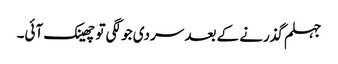
جہلم گذرنے کے بعد سردی جو لگی تو چھینک آئی۔